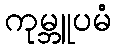
ကုမ္ဘူပမံ